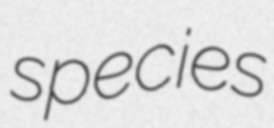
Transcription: species